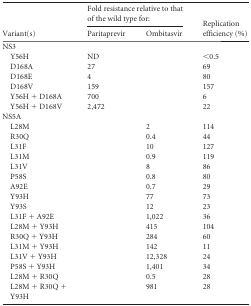
<table><thead><tr><td rowspan="2"><b>Variant(s)</b></td><td colspan="2"><b>Fold resistance relative to that of the wild type for:</b></td><td rowspan="2"><b>Replication efficiency (%)</b></td></tr><tr><td><b>Paritaprevir</b></td><td><b>Ombitasvir</b></td></tr></thead><tbody><tr><td>NS3</td><td></td><td></td><td></td></tr><tr><td>Y56H</td><td>ND</td><td></td><td>&lt;0.5</td></tr><tr><td>D168A</td><td>27</td><td></td><td>69</td></tr><tr><td>D168E</td><td>4</td><td></td><td>80</td></tr><tr><td>D168V</td><td>159</td><td></td><td>157</td></tr><tr><td>Y56H + D168A</td><td>700</td><td></td><td>6</td></tr><tr><td>Y56H + D168V</td><td>2,472</td><td></td><td>22</td></tr><tr><td>NS5A</td><td></td><td></td><td></td></tr><tr><td>L28M</td><td></td><td>2</td><td>114</td></tr><tr><td>R30Q</td><td></td><td>0.4</td><td>44</td></tr><tr><td>L31F</td><td></td><td>10</td><td>127</td></tr><tr><td>L31M</td><td></td><td>0.9</td><td>119</td></tr><tr><td>L31V</td><td></td><td>8</td><td>86</td></tr><tr><td>P58S</td><td></td><td>0.8</td><td>80</td></tr><tr><td>A92E</td><td></td><td>0.7</td><td>29</td></tr><tr><td>Y93H</td><td></td><td>77</td><td>73</td></tr><tr><td>Y93S</td><td></td><td>12</td><td>23</td></tr><tr><td>L31F + A92E</td><td></td><td>1,022</td><td>36</td></tr><tr><td>L28M + Y93H</td><td></td><td>415</td><td>104</td></tr><tr><td>R30Q + Y93H</td><td></td><td>284</td><td>60</td></tr><tr><td>L31M + Y93H</td><td></td><td>142</td><td>11</td></tr><tr><td>L31V + Y93H</td><td></td><td>12,328</td><td>24</td></tr><tr><td>P58S + Y93H</td><td></td><td>1,401</td><td>34</td></tr><tr><td>L28M + R30Q</td><td></td><td>0.5</td><td>28</td></tr><tr><td>L28M + R30Q + Y93H</td><td></td><td>981</td><td>28</td></tr></tbody></table>